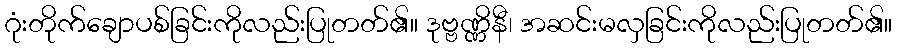
ဂုံးတိုက်ချောပစ်ခြင်းကိုလည်းပြုတတ်၏။ ဒုဗ္ဗဏ္ဏိနီ၊ အဆင်းမလှခြင်းကိုလည်းပြုတတ်၏။